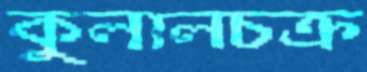
কুলালচক্র